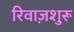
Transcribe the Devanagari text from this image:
रिवाज़शुरू